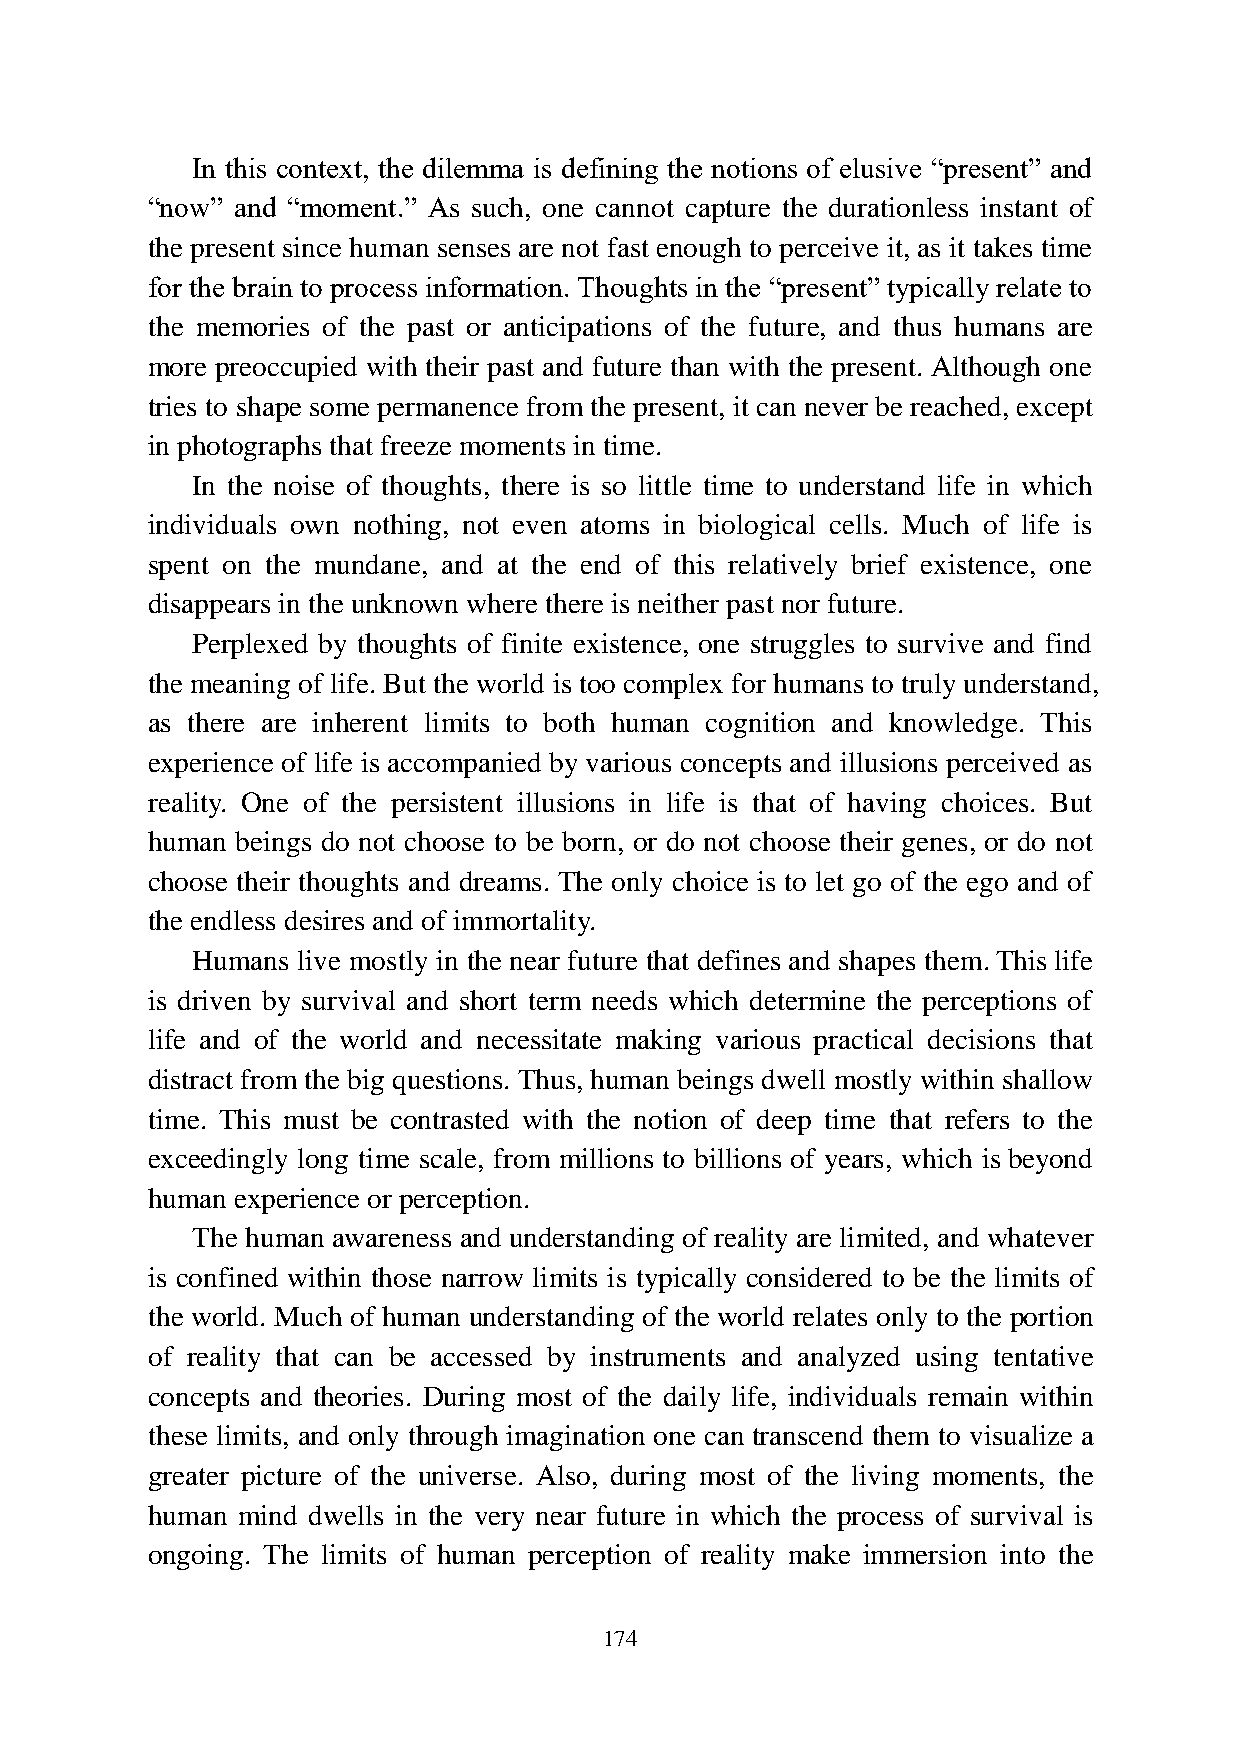
In this context, the dilemma is defining the notions of elusive “present” and
 “now” and “moment.” As such, one cannot capture the durationless instant of
 the present since human senses are not fast enough to perceive it, as it takes time
 for the brain to process information. Thoughts in the “present” typically relate to
 the memories of the past or anticipations of the future, and thus humans are
 more preoccupied with their past and future than with the present. Although one
 tries to shape some permanence from the present, it can never be reached, except
 in photographs that freeze moments in time.
 In the noise of thoughts, there is so little time to understand life in which
 individuals own nothing, not even atoms in biological cells. Much of life is
 spent on the mundane, and at the end of this relatively brief existence, one
 disappears in the unknown where there is neither past nor future.
 Perplexed by thoughts of finite existence, one struggles to survive and find
 the meaning of life. But the world is too complex for humans to truly understand,
 as there are inherent limits to both human cognition and knowledge. This
 experience of life is accompanied by various concepts and illusions perceived as
 reality. One of the persistent illusions in life is that of having choices. But
 human beings do not choose to be born, or do not choose their genes, or do not
 choose their thoughts and dreams. The only choice is to let go of the ego and of
 the endless desires and of immortality.
 Humans live mostly in the near future that defines and shapes them. This life
 is driven by survival and short term needs which determine the perceptions of
 life and of the world and necessitate making various practical decisions that
 distract from the big questions. Thus, human beings dwell mostly within shallow
 time. This must be contrasted with the notion of deep time that refers to the
 exceedingly long time scale, from millions to billions of years, which is beyond
 human experience or perception.
 The human awareness and understanding of reality are limited, and whatever
 is confined within those narrow limits is typically considered to be the limits of
 the world. Much of human understanding of the world relates only to the portion
 of reality that can be accessed by instruments and analyzed using tentative
 concepts and theories. During most of the daily life, individuals remain within
 these limits, and only through imagination one can transcend them to visualize a
 greater picture of the universe. Also, during most of the living moments, the
 human mind dwells in the very near future in which the process of survival is
 ongoing. The limits of human perception of reality make immersion into the
 174